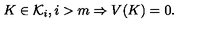
K \in { \cal K } _ { i } , i > m \Rightarrow V ( K ) = 0 .